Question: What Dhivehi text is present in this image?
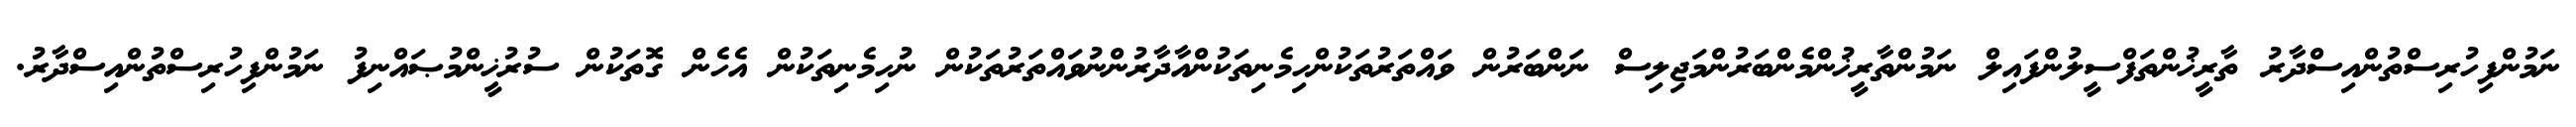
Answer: ނަމުންފިހުރިސްތުންއިސްދާރު ތާރީޚުންތަފްސީލުންފައިލް ނަމުންތާރީޚުންމެންބަރުންމަޖިލިސް ނަންބަރުން ވައްތަރުތަކުންހިމެނިތަކުންއާދާރުންނުވައްތަރުތަކުން ނުހިމެނިތަކުން އެހެން ގޮތަކުން ސުރުޚީންމުޞައްނިފު ނަމުންފިހުރިސްތުންއިސްދާރު.